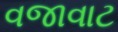
વજાવાટ